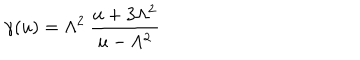
\gamma ( u ) = \Lambda ^ { 2 } \: \frac { u + 3 \Lambda ^ { 2 } } { u - \Lambda ^ { 2 } }